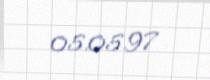
05.05.97